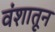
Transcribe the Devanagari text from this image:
वंशातून